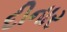
દીનાર